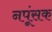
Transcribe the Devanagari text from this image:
नपूंसक